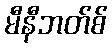
မီနီဘတ်စ်